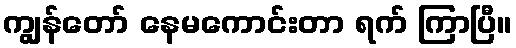
ကျွန်တော် နေမကောင်းတာ ရက် ကြာပြီ။